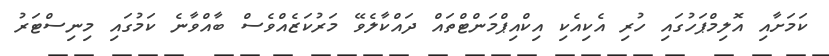
ކަމަށާއި އޮލިމްޕަހުގައި ހުރި އެކިއެކި އިކްއިޕްމަންޓްތައް ދައްކާލެވޭ މަރުކަޒެއްވެސް ބާއްވާނެ ކަމުގައި މިނިސްޓަރު